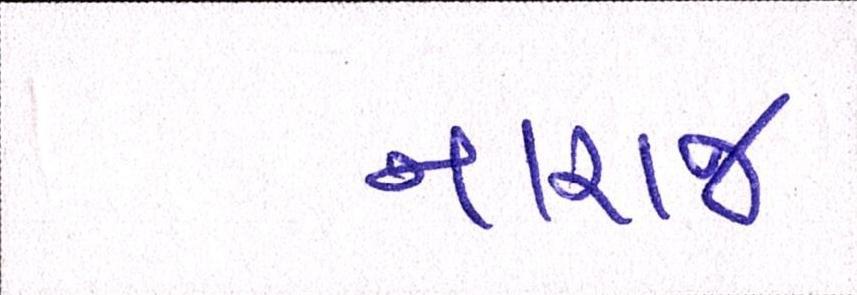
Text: નારાજ